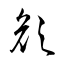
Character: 顔